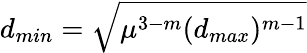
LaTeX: d_{min}=\sqrt{\mu^{3-m}(d_{max})^{m-1}}